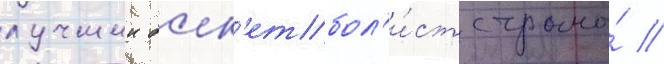
лучшии баск'етбол'и́ст страны́ //